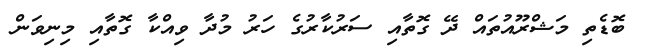
ބޮޑެތި މަޝްރޫއުތައް ދޭ ގޮތާއި ސަރުކާރުގެ ހަރު މުދާ ވިއްކާ ގޮތާއި މިނިވަން